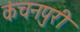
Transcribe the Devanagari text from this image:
कंचनपुरी